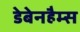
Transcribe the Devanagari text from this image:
डेबेनहैम्स